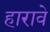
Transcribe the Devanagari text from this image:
हारावे